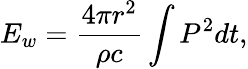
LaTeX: E_{w}=\frac{4\pi r^{2}}{\rho c}\int P^{2}dt,